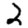
Digit: 2